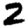
Digit: 2